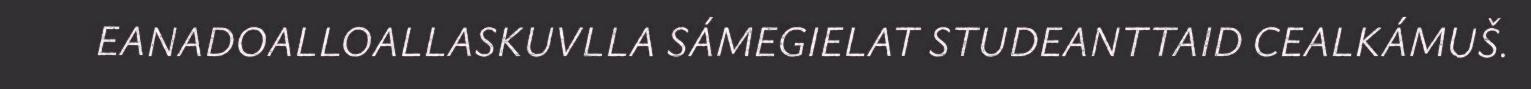
EANADOALLOALLASKUVLLA SÁMEGIELAT STUDEANTTAID CEALKÁMUŠ.